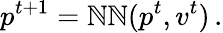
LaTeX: p^{t+1}=\mathbb{N}\mathbb{N}(p^{t},v^{t})\, .